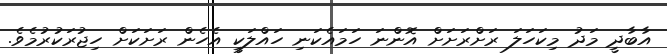
އާބާދީ މަދު މިކަހަލަ ރަށްރަށަށް އޮންނަ ހަމައެކަނި ހައްލަކީ އެހެން ރަށަކަށް ހިޖުރަކުރުމެވެ.